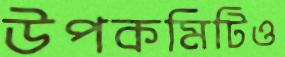
উপকমিটিও